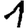
Digit: 1